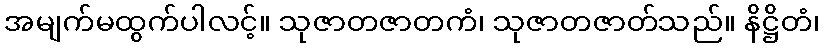
အမျက်မထွက်ပါလင့်။ သုဇာတဇာတကံ၊ သုဇာတဇာတ်သည်။ နိဋ္ဌိတံ၊